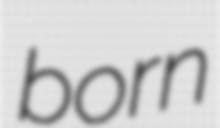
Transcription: born